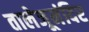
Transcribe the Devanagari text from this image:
तालेजूमंदिर